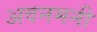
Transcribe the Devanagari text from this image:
अवनमनी